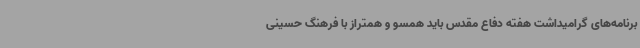
برنامه‌های گرامیداشت هفته دفاع مقدس باید همسو و همتراز با فرهنگ حسینی